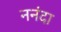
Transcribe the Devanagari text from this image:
ननंदा